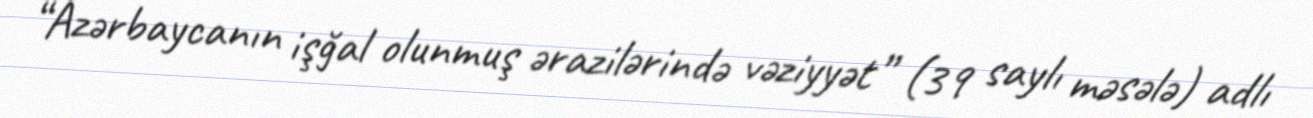
“Azərbaycanın işğal olunmuş ərazilərində vəziyyət” (39 saylı məsələ) adlı